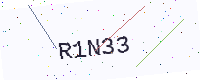
Text: R1N33